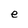
Character: e